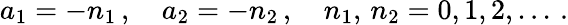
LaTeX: a_{1}=-n_{1}\, ,\quad a_{2}=-n_{2}\, ,\quad n_{1},\, n_{2}=0,1,2,...\, .